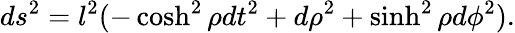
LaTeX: ds^{2}=l^{2}(-\cosh^{2}\rho dt^{2}+d\rho^{2}+\sinh^{2}\rho d\phi^{2}).